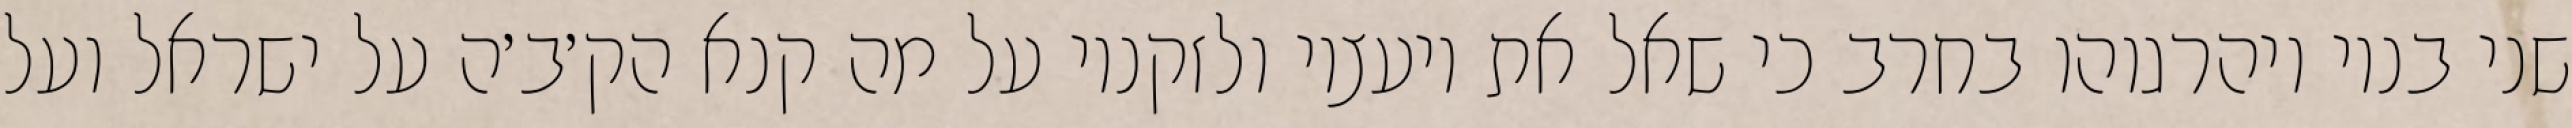
שני בניו ויהרגוהו בחרב כי שאל את יועציו ולזקניו על מה קנא הק׳ב׳ה על ישראל ועל